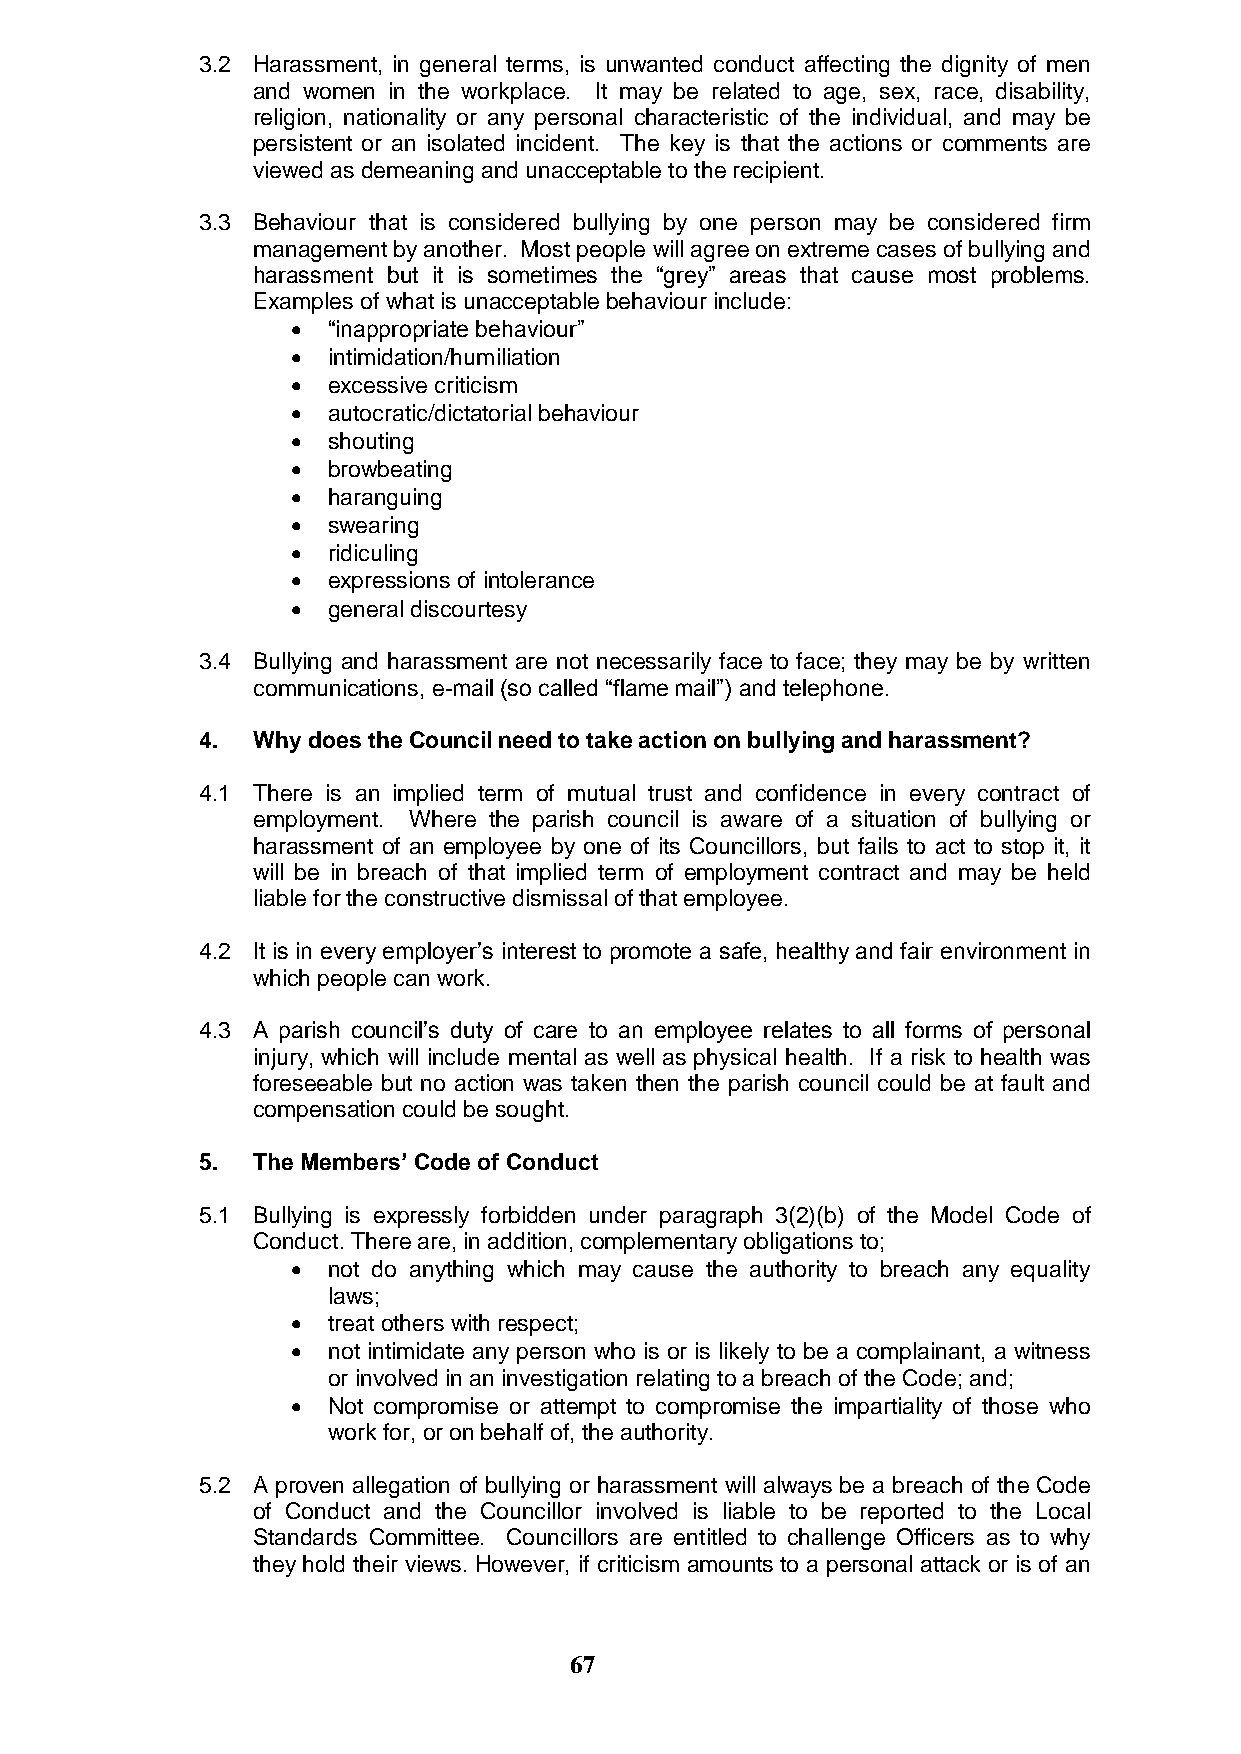
3.2 Harassment, in general terms, is unwanted conduct affecting the dignity of men
 and women in the workplace. It may be related to age, sex, race, disability,
 religion, nationality or any personal characteristic of the individual, and may be
 persistent or an isolated incident. The key is that the actions or comments are
 viewed as demeaning and unacceptable to the recipient.
 3.3 Behaviour that is considered bullying by one person may be considered firm
 management by another. Most people will agree on extreme cases of bullying and
 harassment but it is sometimes the “grey” areas that cause most problems.
 Examples of what is unacceptable behaviour include:
   “inappropriate behaviour”
   intimidation/humiliation
   excessive criticism
   autocratic/dictatorial behaviour
   shouting
   browbeating
   haranguing
   swearing
   ridiculing
   expressions of intolerance
   general discourtesy
 3.4 Bullying and harassment are not necessarily face to face; they may be by written
 communications, e-mail (so called “flame mail”) and telephone.
 4.  Why does the Council need to take action on bullying and harassment?
 4.1 There is an implied term of mutual trust and confidence in every contract of
 employment. Where the parish council is aware of a situation of bullying or
 harassment of an employee by one of its Councillors, but fails to act to stop it, it
 will be in breach of that implied term of employment contract and may be held
 liable for the constructive dismissal of that employee.
 4.2 It is in every employer‟s interest to promote a safe, healthy and fair environment in
 which people can work.
 4.3 A parish council‟s duty of care to an employee relates to all forms of personal
 injury, which will include mental as well as physical health. If a risk to health was
 foreseeable but no action was taken then the parish council could be at fault and
 compensation could be sought.
 5.  The Members’ Code of Conduct
 5.1 Bullying is expressly forbidden under paragraph 3(2)(b) of the Model Code of
 Conduct. There are, in addition, complementary obligations to;
   not do anything which may cause the authority to breach any equality
 laws;
   treat others with respect;
   not intimidate any person who is or is likely to be a complainant, a witness
 or involved in an investigation relating to a breach of the Code; and;
   Not compromise or attempt to compromise the impartiality of those who
 work for, or on behalf of, the authority.
 5.2 A proven allegation of bullying or harassment will always be a breach of the Code
 of Conduct and the Councillor involved is liable to be reported to the Local
 Standards Committee. Councillors are entitled to challenge Officers as to why
 they hold their views. However, if criticism amounts to a personal attack or is of an
 67